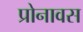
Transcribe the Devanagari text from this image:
प्रोनावस